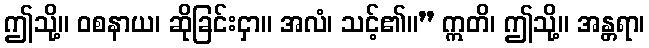
ဤသို့။ ဝစနာယ၊ ဆိုခြင်းငှာ။ အလံ၊ သင့်၏။” ဣတိ၊ ဤသို့။ အန္တရာ၊